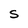
Character: S